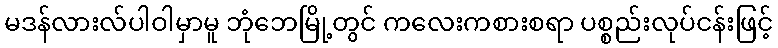
မဒန်လားလ်ပါဝါမှာမူ ဘုံဘေမြို့တွင် ကလေးကစားစရာ ပစ္စည်းလုပ်ငန်းဖြင့်